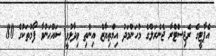
އެޕާޓީގެ ރެޖިސްޓްރާ ޖެނެރަލްގެ މުހަންމަދު އިމްތިޔާޒް އިންތި ވިދާޅުވީ ސައްޙަނުވާ ފޯމުތަކުގެ 80